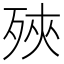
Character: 殎